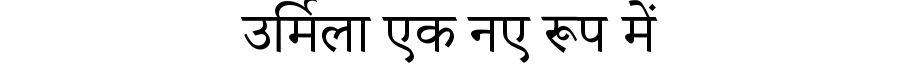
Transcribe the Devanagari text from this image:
उर्मिला एक नए रूप में